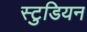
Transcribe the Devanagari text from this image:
स्टुडियन